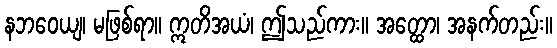
နဘဝေယျ၊ မဖြစ်ရာ။ ဣတိအယံ၊ ဤသည်ကား။ အတ္ထော၊ အနက်တည်း။